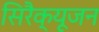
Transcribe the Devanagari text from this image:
सिरैक्यूजन